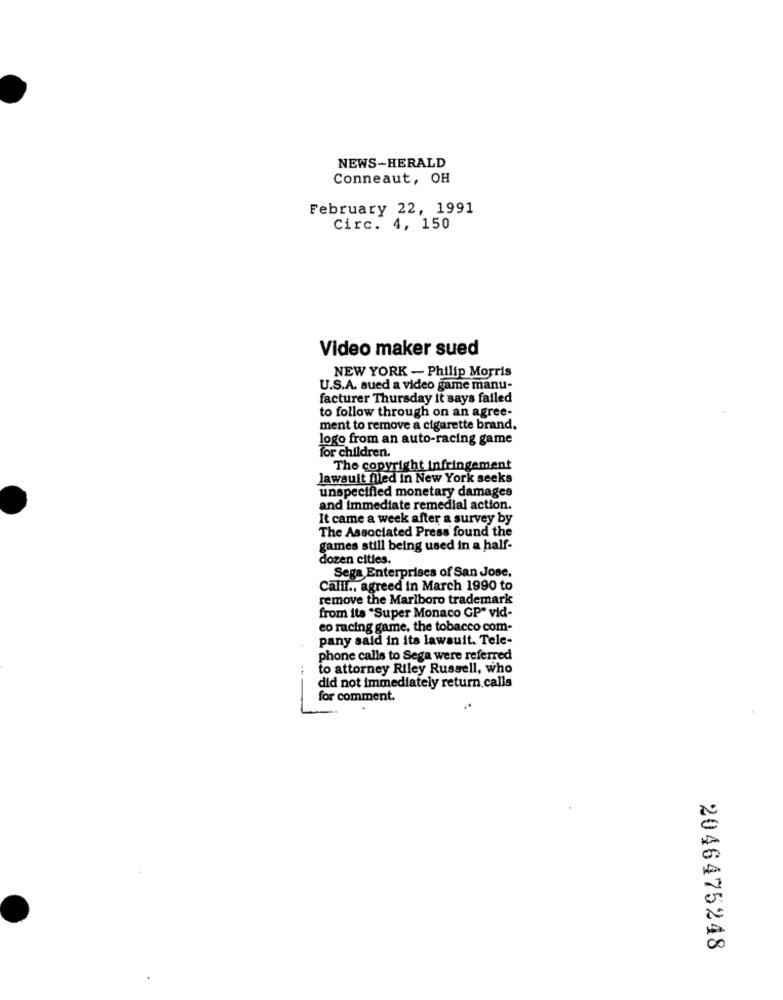
NEWS-HERALD
Conneaut, OH
February 22, 1991
Circ. 4, 150
Video maker sued
NEW YORK - Philip Morris
U.S.A. sued a video game manu-
facturer Thursday it says failed
to follow through on an agree-
ment to remove a cigarette brand.
logo from an auto-racing game
for children.
The copyright infringement
lawsuit filed in New York seeks
unspecified monetary damages
and immediate remedial action.
It came a week after a survey by
The Associated Press found the
games still being used in a half-
dozen cities.
Sega Enterprises of San Jose,
Callf ., agreed in March 1990 to
remove the Marlboro trademark
from its "Super Monaco GP" vid-
eo racing game, the tobacco com-
pany sald in its lawsuit. Tele-
phone calls to Sega were referred
to attorney Riley Russell, who
did not immediately return calls
for comment.
2046475248